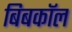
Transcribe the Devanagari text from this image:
बिबकॉल